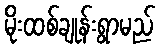
မိုးထစ်ချုန်းရွာမည်